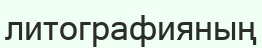
литографияның